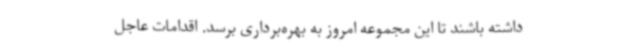
داشته باشند تا این مجموعه امروز به بهره‌برداری برسد. اقدامات عاجل